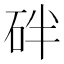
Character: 𥑍